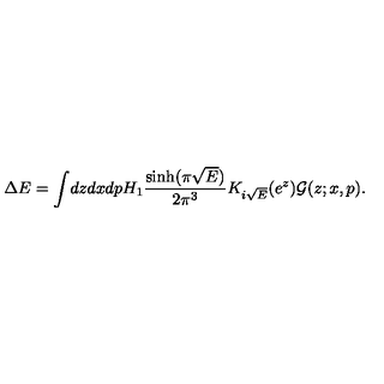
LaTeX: \Delta E = \int \! d z d x d p H _ { 1 } \frac { \sinh ( \pi \sqrt { E } ) } { 2 \pi ^ { 3 } } K _ { i \sqrt { E } } ( e ^ { z } ) \mathcal { G } ( z ; x , p ) .